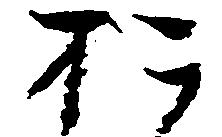
お